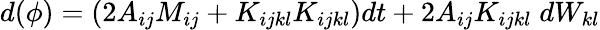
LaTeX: d(\phi)=(2A_{ij}M_{ij}+K_{ijkl}K_{ijkl})dt+2A_{ij}K_{ijkl}\; dW_{kl}